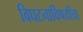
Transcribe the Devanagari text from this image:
विघटनाविषयीचा